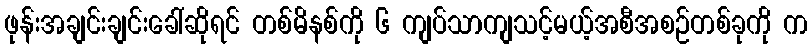
ဖုန်းအချင်းချင်းခေါ်ဆိုရင် တစ်မိနစ်ကို ၆ ကျပ်သာကျသင့်မယ့်အစီအစဉ်တစ်ခုကို က